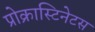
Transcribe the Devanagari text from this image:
प्रोक्रास्टिनेटस